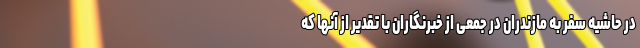
در حاشیه سفر به مازندران در جمعی از خبرنگاران با تقدیر از آنها که